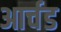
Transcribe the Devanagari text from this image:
आर्चड